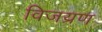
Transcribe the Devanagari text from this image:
विजय्रण